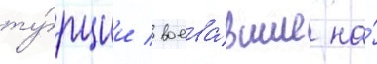
ту́рции / воева́вшие на́